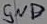
Text: GND